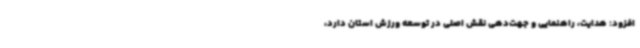
افزود: هدایت، راهنمایی و جهت‌دهی نقش اصلی در توسعه ورزش استان دارد،